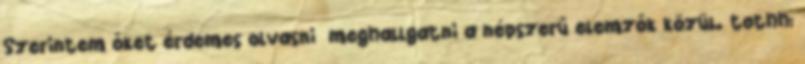
Szerintem őket érdemes olvasni meghallgatni a népszerű elemzők közül. tothh: